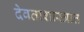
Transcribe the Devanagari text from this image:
देवताशास्त्रात